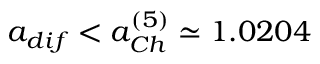
a _ { d i f } < a _ { C h } ^ { ( 5 ) } \simeq 1 . 0 2 0 4